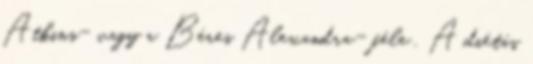
Atkins- vagy a Béres Alexandra- féle . A diétás